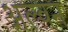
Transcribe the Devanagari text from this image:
अल्वन